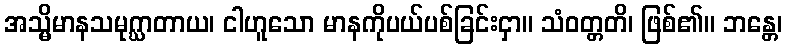
အသ္မိမာနသမုဂ္ဃာတာယ၊ ငါဟူသော မာနကိုပယ်ပစ်ခြင်းငှာ။ သံဝတ္တတိ၊ ဖြစ်၏။ ဘန္တေ၊